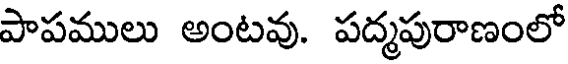
పాపములు అంటవు. పద్మపురాణంలో